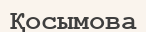
Қосымова